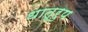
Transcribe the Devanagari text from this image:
धातूरुप